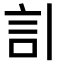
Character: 𧥞